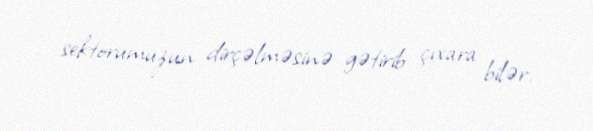
sektorumuzun dirçəlməsinə gətirib çıxara bilər.